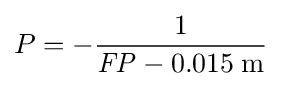
P=-{\frac {1}{{\mathit {FP}}-0.015\;{\text{m}}}}